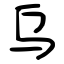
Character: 乌